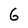
Character: 6